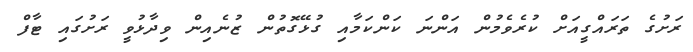
ރަށުގެ ތަރައްގީއަށް ކުރެވެމުން އަންނަ ކަންކަމާއި ގުޅޭގޮތުން ޒުނެއިން ވިދާޅުވީ ރަށުގައި ޓާފް